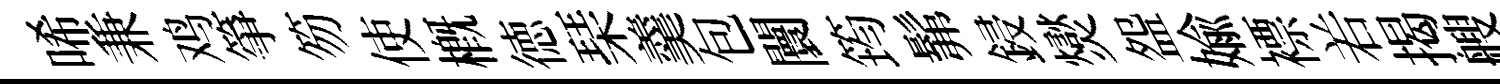
唏兼鸡箏笏使槪徳琹羹包闤筠髴鋟爕盌媮褾𠰥揭艘